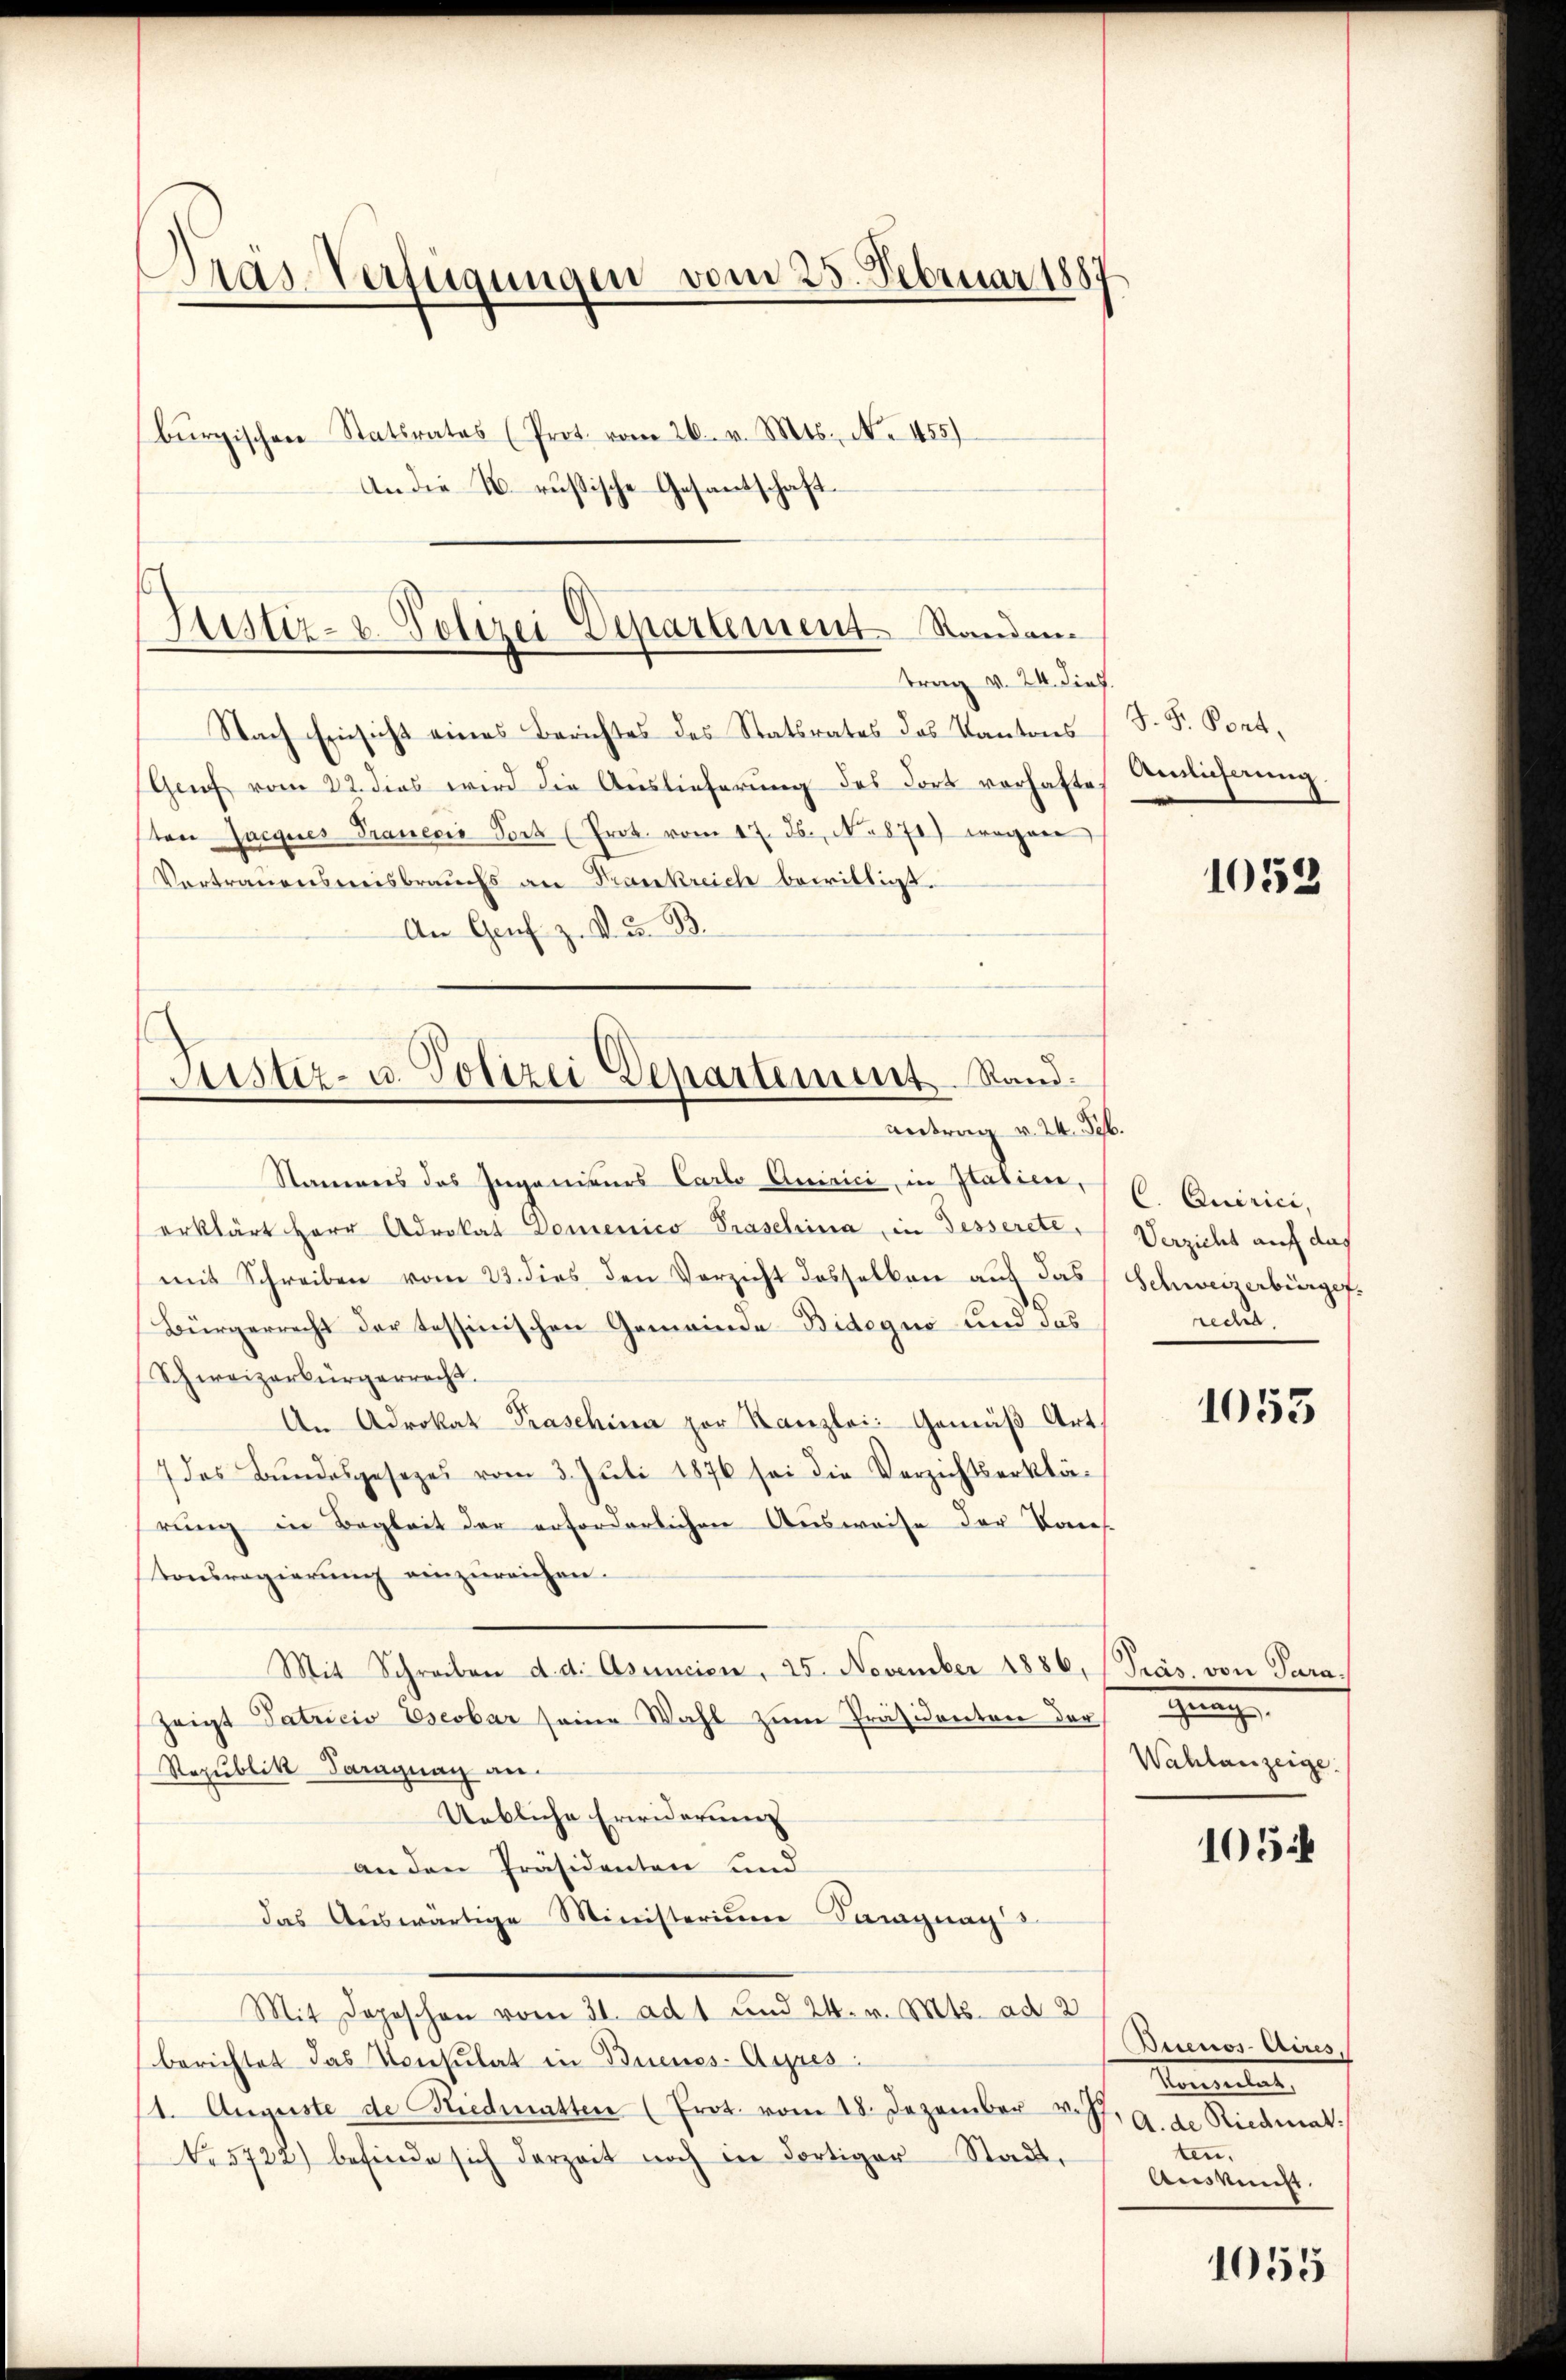
Pras-Verfügungen vom 25. Februar 1887
burgischen Statsrates (Prot. vom 26. v. Mts. No. 455)
An die N. russische Gesantschaft

Justiz- u. Polizei Departement Standen
trag v. 24. dies

Nach Einsicht eines Berichtes des Statsrates des Kantons
Genf vom 22. dies wird die Auslieferung des dort vorhafte
ton Jacques Trauenio Vort (Prot. vom 17. Js., No 871) wegen
Vertrauensweisbrauchs an Frankreich bewilligt.
An Genf. z. V. u. B.

Sistiz- u. Polizei Departement Rand.
antrag v. 24. Feb.

Namens des Ingenieurs Carlo Quirici, in Italien,
erklärt Herr Advokat Domenico Praschina, in Fesserete,
mit Schreiben vom 23. dies den Verzicht desselben auf das
Bürgerrecht der tessinischen Gemeinde Bidequo und das
Schweizerbürgerrecht.
An Advokat Praschina por Kanzlei. Gemäß Art.
7 das Bundesgesezes vom 3. Juli 1876 sei die Verzichtserklärung in Begleit der erforderlichen Ausweise der Kons-
tonsregierŭng einzŭreichen.
Mit Schreiben d. d. Asuncien, 25. November 1886, Präs. von Parazeigt Patricio Eserbar seine Wahl zum Präsidenten der
Republik-Paraguay an¬
Uebliche Erwiderung
an den Präsidenten und
das Auswärtige Ministerium Sangnag
Mit Depeschen vom 31. ad 1 und 24. v. Mts. ad 2
berichtet das Konsulat in Buenos-Ayres:
1. Auguste de Riedmatten (Prot. vom 18. Dezember v. Js
No 5722) befinde sich derzeit noch in dortiger Stadt,

J. F. Pont.
Amlicherung.

1053

C. Quirici,
Verzicht auf das
Schweizerbürger.
redet.

1053

.
Wahlanzeige.

1054

Buenos-Aires,
tementat
A. de Riedmat:
ten.
Auskunft.

1055